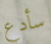
سأدع